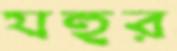
যহুর